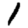
Digit: 1